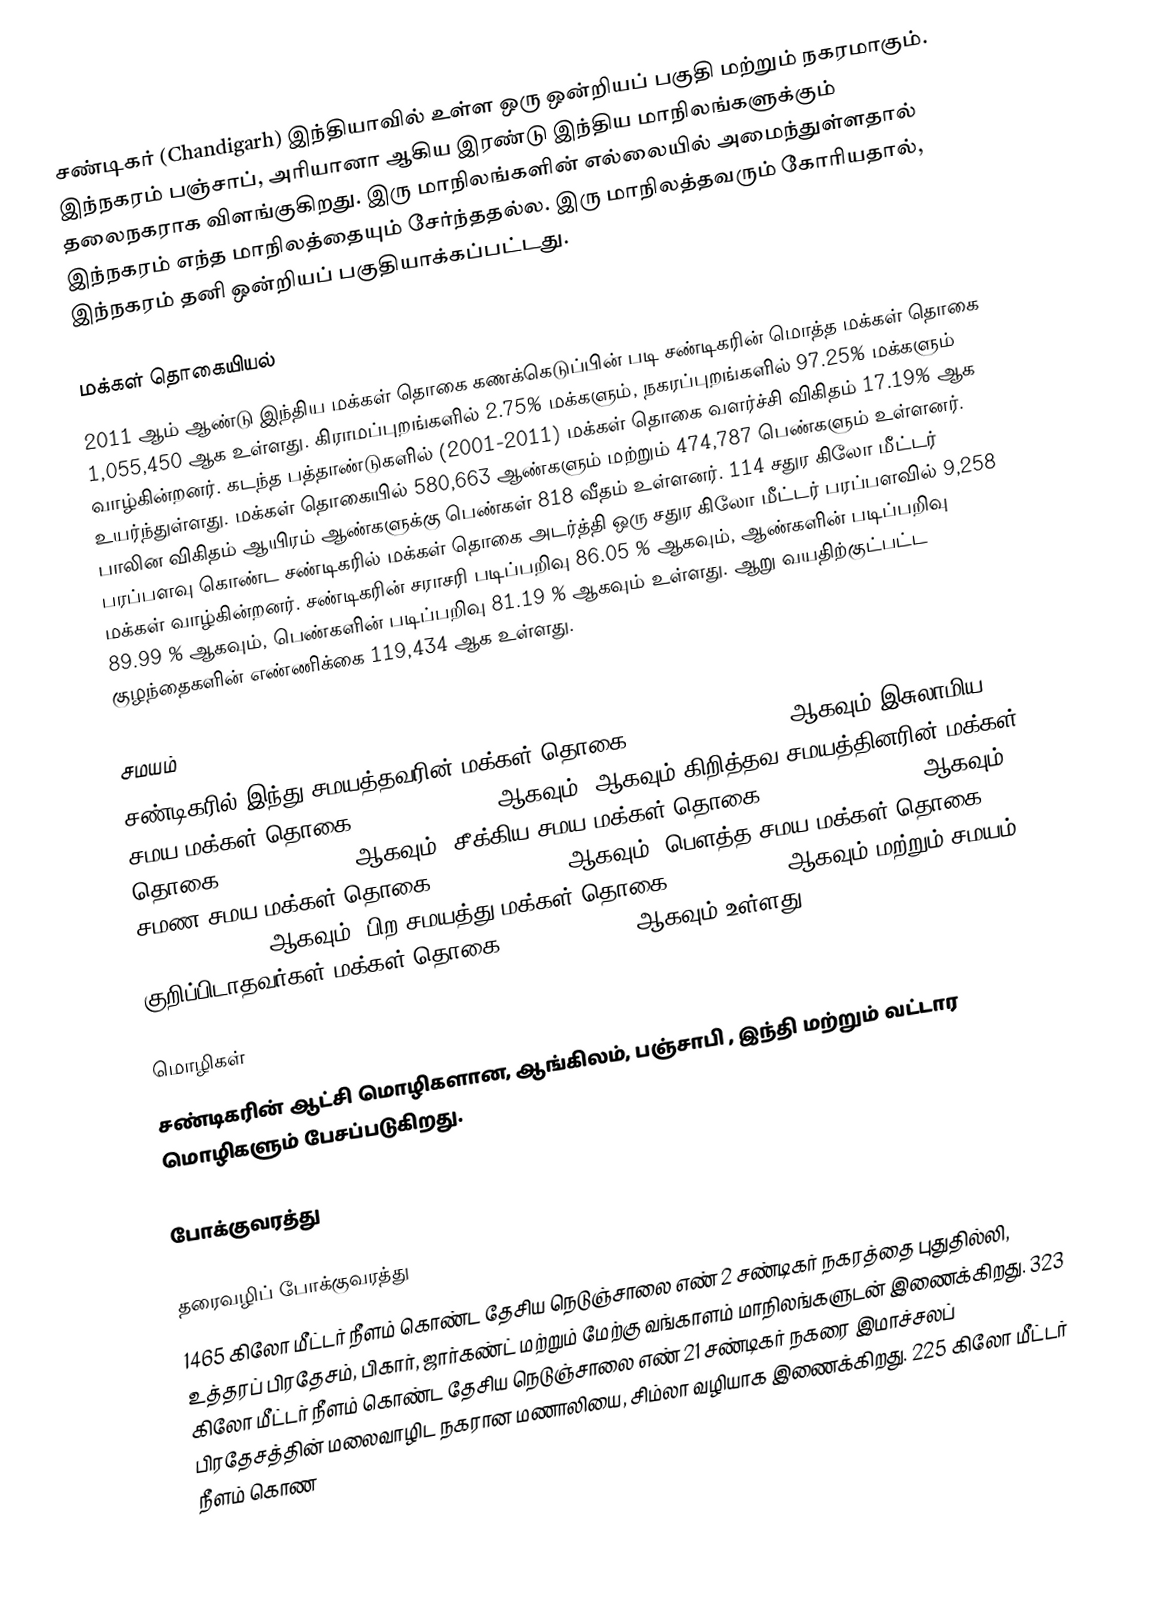
சண்டிகர் (Chandigarh) இந்தியாவில் உள்ள ஒரு ஒன்றியப் பகுதி மற்றும் நகரமாகும். இந்நகரம் பஞ்சாப், அரியானா ஆகிய இரண்டு இந்திய மாநிலங்களுக்கும் தலைநகராக விளங்குகிறது. இரு மாநிலங்களின் எல்லையில் அமைந்துள்ளதால் இந்நகரம் எந்த மாநிலத்தையும் சேர்ந்ததல்ல. இரு மாநிலத்தவரும் கோரியதால், இந்நகரம் தனி ஒன்றியப் பகுதியாக்கப்பட்டது.

மக்கள் தொகையியல்
2011 ஆம் ஆண்டு இந்திய மக்கள் தொகை கணக்கெடுப்பின் படி சண்டிகரின் மொத்த மக்கள் தொகை 1,055,450 ஆக உள்ளது. கிராமப்புறங்களில் 2.75% மக்களும், நகரப்புறங்களில் 97.25% மக்களும் வாழ்கின்றனர். கடந்த பத்தாண்டுகளில் (2001-2011) மக்கள் தொகை வளர்ச்சி  விகிதம் 17.19%  ஆக உயர்ந்துள்ளது. மக்கள் தொகையில்  580,663 ஆண்களும்  மற்றும்  474,787 பெண்களும் உள்ளனர். பாலின விகிதம் ஆயிரம் ஆண்களுக்கு   பெண்கள் 818 வீதம் உள்ளனர். 114 சதுர கிலோ மீட்டர் பரப்பளவு கொண்ட சண்டிகரில் மக்கள் தொகை அடர்த்தி ஒரு சதுர கிலோ மீட்டர் பரப்பளவில் 9,258 மக்கள் வாழ்கின்றனர். சண்டிகரின் சராசரி  படிப்பறிவு  86.05 % ஆகவும், ஆண்களின் படிப்பறிவு 89.99 %  ஆகவும், பெண்களின் படிப்பறிவு 81.19 % ஆகவும் உள்ளது. ஆறு வயதிற்குட்பட்ட குழந்தைகளின் எண்ணிக்கை  119,434 ஆக உள்ளது.

சமயம்
சண்டிகரில் இந்து சமயத்தவரின் மக்கள் தொகை 852,574  (80.78 %) ஆகவும்   இசுலாமிய சமய  மக்கள் தொகை  51,447  (4.87 %)  ஆகவும், ஆகவும்  கிறித்தவ சமயத்தினரின் மக்கள் தொகை  8,720  (0.83 %) ஆகவும், சீக்கிய சமய மக்கள் தொகை 138,329   (13.11 %)    ஆகவும் ,   சமண சமய மக்கள் தொகை 1,960   (0.19 %) ஆகவும், பௌத்த சமய மக்கள் தொகை 1,160   (0.11 %) ஆகவும், பிற சமயத்து மக்கள் தொகை  246  (0.02 %) ஆகவும் மற்றும் சமயம் குறிப்பிடாதவர்கள் மக்கள் தொகை 1,014   (0.10 %)  ஆகவும் உள்ளது.

மொழிகள்
சண்டிகரின் ஆட்சி மொழிகளான, ஆங்கிலம், பஞ்சாபி , இந்தி  மற்றும் வட்டார மொழிகளும் பேசப்படுகிறது.

போக்குவரத்து

தரைவழிப் போக்குவரத்து
1465 கிலோ மீட்டர் நீளம் கொண்ட தேசிய நெடுஞ்சாலை எண் 2 சண்டிகர் நகரத்தை புதுதில்லி, உத்தரப் பிரதேசம், பிகார், ஜார்கண்ட் மற்றும் மேற்கு வங்காளம் மாநிலங்களுடன் இணைக்கிறது. 323 கிலோ மீட்டர் நீளம் கொண்ட தேசிய நெடுஞ்சாலை எண் 21 சண்டிகர் நகரை இமாச்சலப் பிரதேசத்தின் மலைவாழிட நகரான மணாலியை, சிம்லா வழியாக இணைக்கிறது. 225 கிலோ மீட்டர் நீளம் கொண